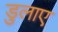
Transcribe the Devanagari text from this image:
डुलाए